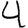
Digit: 4